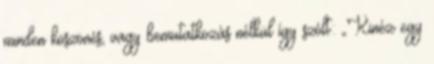
minden köszönés, vagy bemutatkozás nélkül így szólt: „Kinéz egy